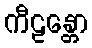
ကီဠန္တော